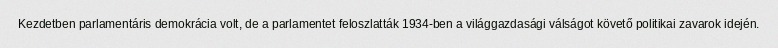
Kezdetben parlamentáris demokrácia volt, de a parlamentet feloszlatták 1934-ben a világgazdasági válságot követő politikai zavarok idején.